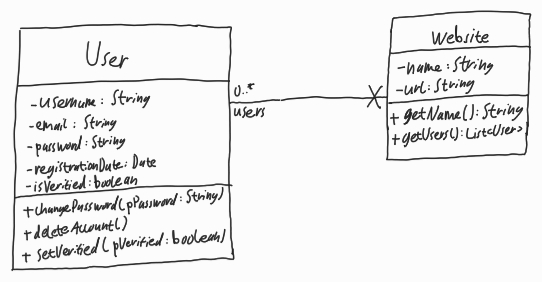
Diagram type: class_diagram
```plantuml
@startuml

class User {
  - username: String
  - email: String
  - password: String
  - registrationDate: Date
  - isVerified: boolean
  + changePassword(pPassword: String)
  + deleteAccount()
  + setVerified(pVerified: boolean)
}

class Website {
  - name: String
  - url: String
  + getName(): String
  + getUsers(): List<User>
}

User "users 0..*" --x Website

@enduml
```